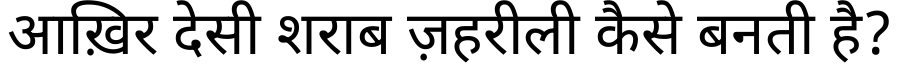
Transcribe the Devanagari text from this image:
आख़िर देसी शराब ज़हरीली कैसे बनती है?